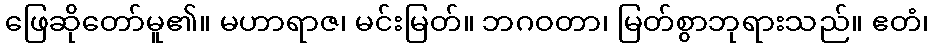
ဖြေဆိုတော်မူ၏။ မဟာရာဇ၊ မင်းမြတ်။ ဘဂဝတာ၊ မြတ်စွာဘုရားသည်။ ဧတံ၊